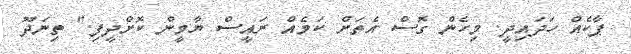
ޕާކެއް ހަދައިދީ. މިހެން ގޮސް އެތަށް ކަމެއް ރައީސް ޔާމީން ކޮށްދީފި." ތިނަދޫ